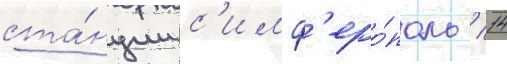
ста́нции с'имф'еро́поль / 14